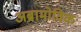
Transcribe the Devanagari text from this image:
अब्रामोविक